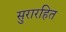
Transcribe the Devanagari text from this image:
सुरारहित